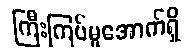
ကြီးကြပ်မှုအောက်ရှိ